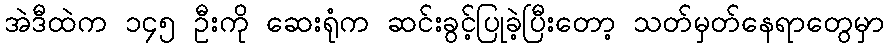
အဲဒီထဲက ၁၄၅ ဦးကို ဆေးရုံက ဆင်းခွင့်ပြုခဲ့ပြီးတော့ သတ်မှတ်နေရာတွေမှာ